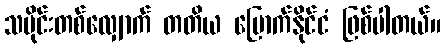
သမိုင်းတစ်လျှောက် တတိယ မြောက်နိုင်ငံ ဖြစ်ပါတယ်။